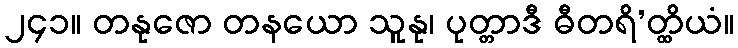
၂၄၁။ တနုဇော တနယော သူနု၊ ပုတ္တာဒီ ဓီတရိ’တ္ထိယံ။